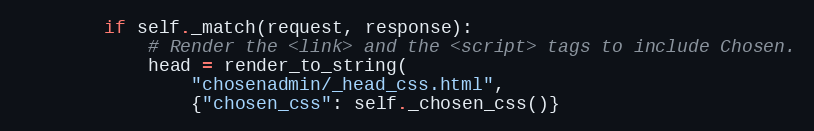
Language: Python
        if self._match(request, response):
            # Render the <link> and the <script> tags to include Chosen.
            head = render_to_string(
                "chosenadmin/_head_css.html",
                {"chosen_css": self._chosen_css()}